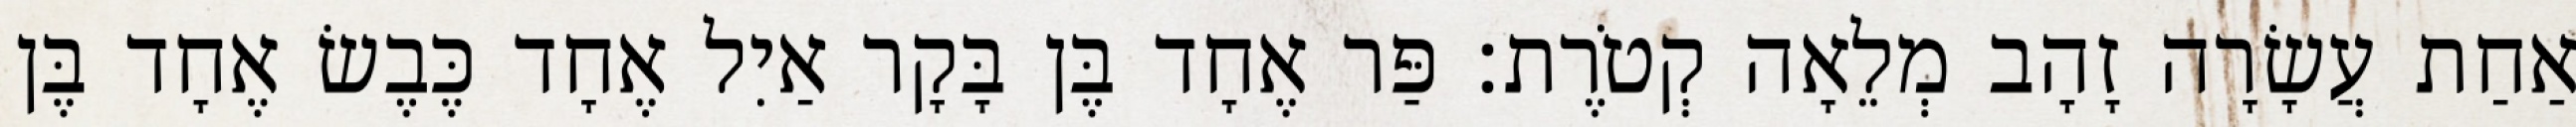
אַחַת עֲשָׂרָה זָהָב מְלֵאָה קְטֹרֶת׃ פַּר אֶחָד בֶּן בָּקָר אַיִל אֶחָד כֶּבֶשׂ אֶחָד בֶּן